Leaving Certificate Examination, 1923
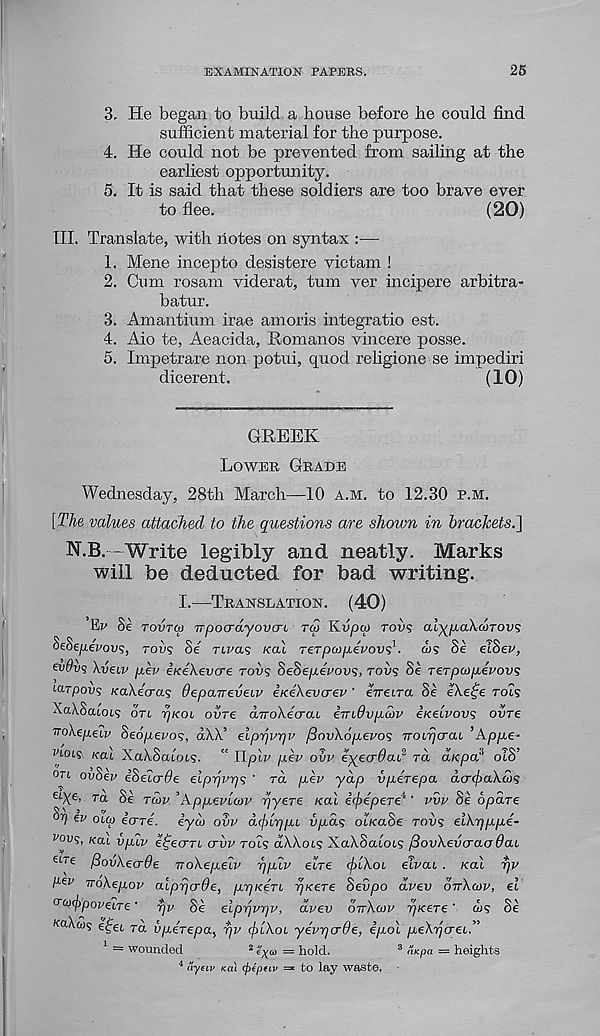
EXAMINATION PAPERS.
25
3. He began to build a house before he could find
sufficient material for the purpose.
4. He could not be prevented from sailing at the
earhest opportunity.
5. It is said that these soldiers are too brave ever
(20)
to flee.
HI. Translate, with notes on syntax :—
1. Mene incepto desistere vie tarn !
2. Cum rosam viderat, turn ver incipere arbitra-
batur.
3. Amantium irae amoris integratio est.
4. Aio te, Aeacida, Romanos vincere posse.
5. Impetrare non potui, quod religione se impediri
dicerent.
(10)
GREEK
LOWER GRADE
Wednesday, 28th March—10 A.M. to 12.30 P.M.
[The values attached to the questions are shown in brackets.]
N.B. -Write legibly and neatly. Marks
will be deducted for bad writing.
I.—TRANSLATION. (40)
1 — wounded
2
= hold.
3 "iKpa = heights